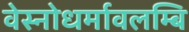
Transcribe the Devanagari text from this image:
वेस्नोधर्मावलम्बि